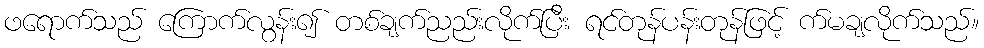
ဖရောက်သည် ကြောက်လွန်း၍ တစ်ချက်ညည်းလိုက်ပြီး ရင်တုန်ပန်းတုန်ဖြင့် က်မချလိုက်သည်။